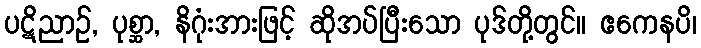
ပဋိညာဉ်, ပုစ္ဆာ, နိဂုံးအားဖြင့် ဆိုအပ်ပြီးသော ပုဒ်တို့တွင်။ ဧကေနပိ၊